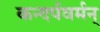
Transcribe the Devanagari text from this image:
कन्दर्पवर्मन्